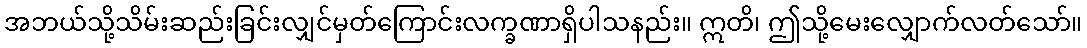
အဘယ်သို့သိမ်းဆည်းခြင်းလျှင်မှတ်ကြောင်းလက္ခဏာရှိပါသနည်း။ ဣတိ၊ ဤသို့မေးလျှောက်လတ်သော်။